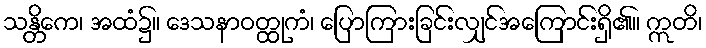
သန္တိကေ၊ အထံ၌။ ဒေသနာဝတ္ထုကံ၊ ပြောကြားခြင်းလျှင်အကြောင်းရှိ၏။ ဣတိ၊